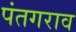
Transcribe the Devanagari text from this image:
पंतगराव